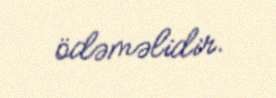
ödəməlidir.